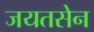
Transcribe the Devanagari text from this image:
जयतसेन